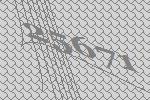
25671